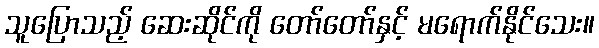
သူပြောသည့် ဆေးဆိုင်ကို တော်တော်နှင့် မရောက်နိုင်သေး။